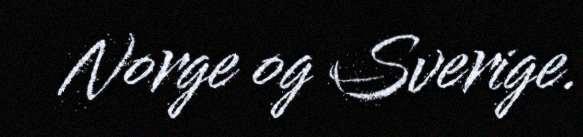
Norge og Sverige.